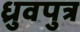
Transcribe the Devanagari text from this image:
ध्रुवपुत्र